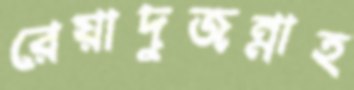
রেয়াদুজন্নাহ